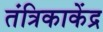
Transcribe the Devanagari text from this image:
तंत्रिकाकेंद्र